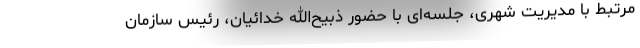
مرتبط با مدیریت شهری، جلسه‌ای با حضور ذبیح‌الله خدائیان، رئیس سازمان